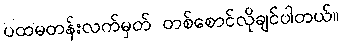
ပထမတန်းလက်မှတ် တစ်စောင်လိုချင်ပါတယ်။